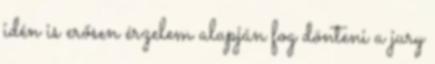
idén is erősen érzelem alapján fog dönteni a jury